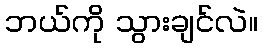
ဘယ်ကို သွားချင်လဲ။